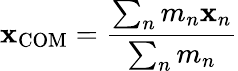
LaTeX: \mathbf{x}_{\mathrm{COM}}={\frac{\sum_{n}m_{n}\mathbf{x}_{n}}{\sum_{n}m_{n}}}